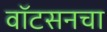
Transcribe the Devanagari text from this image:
वॉटसनचा